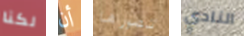
لكنا أن تصورها النادي